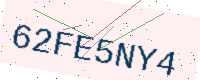
Text: 62FE5NY4